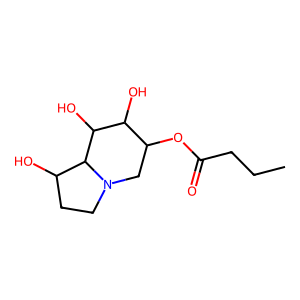
SMILES: CCCC(=O)OC1CN2CCC(O)C2C(O)C1O
Inhibits HIV replication: No